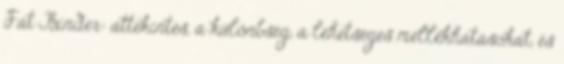
Fat Binder: áttekintés, a különbség, a lehetséges mellékhatásokat, és